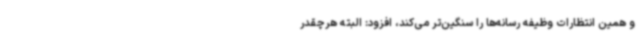
و همین انتظارات وظیفه رسانه‌ها را سنگین‌تر می‌کند، افزود: البته هرچقدر